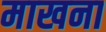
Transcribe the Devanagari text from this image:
माखना